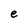
Character: e